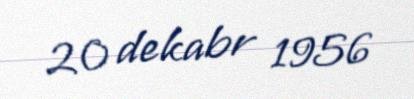
20 dekabr 1956